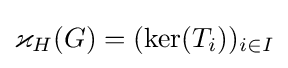
\varkappa _{H}(G)=(\ker(T_{i}))_{i\in I}